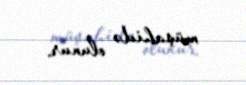
müşahidə olunur.